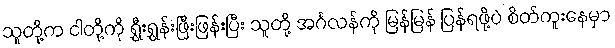
သူတို့က ငါတို့ကို ရွှီးရွှန်းဖြီးဖြန်းပြီး သူတို့ အင်္ဂလန်ကို မြန်မြန် ပြန်ရဖို့ပဲ စိတ်ကူးနေမှာ